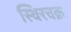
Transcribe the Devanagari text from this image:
स्थिरचक्र